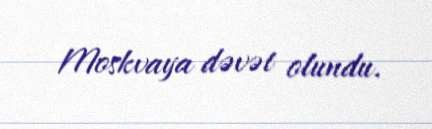
Moskvaya dəvət olundu.